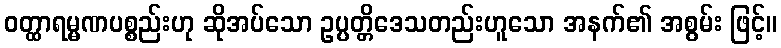
ဝတ္ထာရမ္မဏပစ္စည်းဟု ဆိုအပ်သော ဥပ္ပတ္တိဒေသတည်းဟူသော အနက်၏ အစွမ်း ဖြင့်။